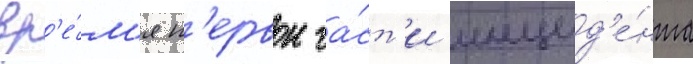
вр'е́м'я п'ервои ча́ст'и инцид'е́нта